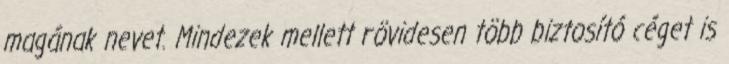
magának nevet. Mindezek mellett rövidesen több biztosító céget is